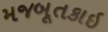
મજબૂતકાઇ